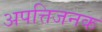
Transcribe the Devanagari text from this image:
अपत्तिजनक